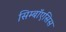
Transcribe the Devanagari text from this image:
सिम्बॉएसिस